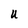
Character: U